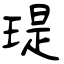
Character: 瑅